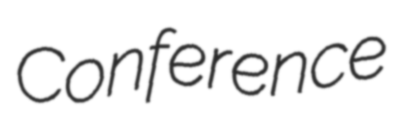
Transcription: Conference